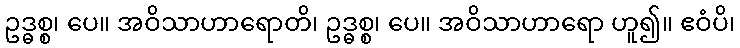
ဥဒ္ဓစ္စ၊ ပေ။ အဝိသာဟာရောတိ၊ ဥဒ္ဓစ္စ၊ ပေ။ အဝိသာဟာရော ဟူ၍။ ဧဝံပိ၊